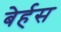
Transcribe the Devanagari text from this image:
बेर्हस